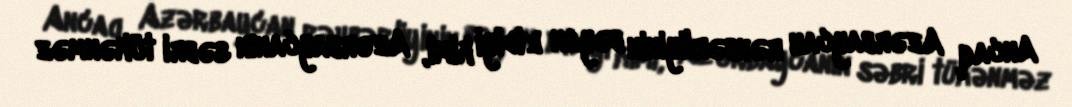
Ancaq Azərbaycan rəhbərliyinin bəyan etdiyi kimi, Azərbaycanın səbri tükənməz